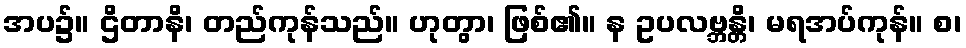
အပ၌။ ဌိတာနိ၊ တည်ကုန်သည်။ ဟုတွာ၊ ဖြစ်၏။ န ဥပလဗ္ဘန္တိ၊ မရအပ်ကုန်။ စ၊